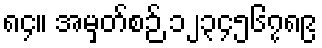
၈၄။ အမှတ်စဉ် ၁၂၃၄၅၆၇၈၉